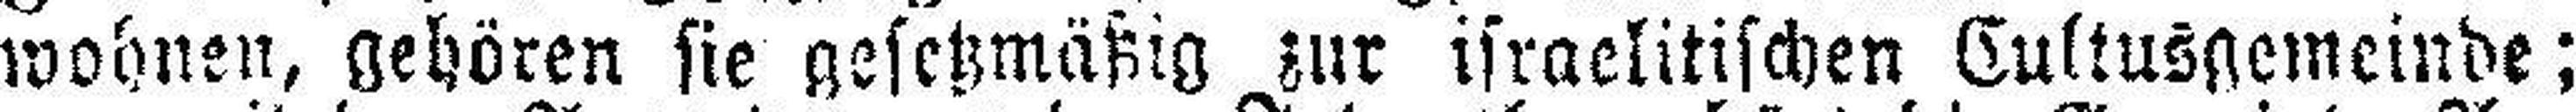
wohnen, gehören sie gesetzmäßig zur israelitischen Cultusgemeinde;